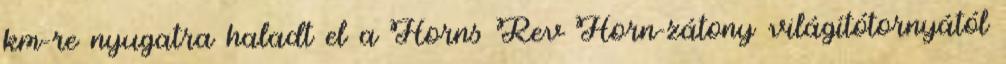
km-re nyugatra haladt el a Horns Rev Horn-zátony világítótornyától